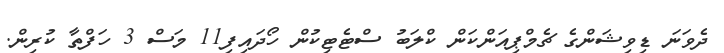
ދެވަނަ ޑިވިޝަންގެ ޗެމްޕިއަންކަން ކްލަބު ސްޓެޓިކުން ހޯދައިފި11 މަސް 3 ހަފްތާ ކުރިން.